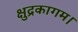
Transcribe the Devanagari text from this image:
क्षुद्रकागम।